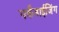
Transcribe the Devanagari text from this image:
मर्केंडाईजिंग